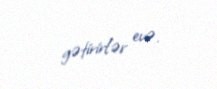
gətirirlər evə.